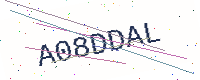
Text: A08DDAL